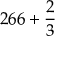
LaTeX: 2 6 6 + { \frac { 2 } { 3 } }